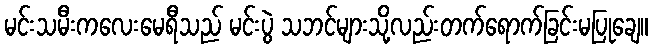
မင်းသမီးကလေးမေရီသည် မင်းပွဲ သဘင်များသို့လည်းတက်ရောက်ခြင်းမပြုချေ။